Insane asylums Bombay 1873-77 - 1873-1877
Year: 1873
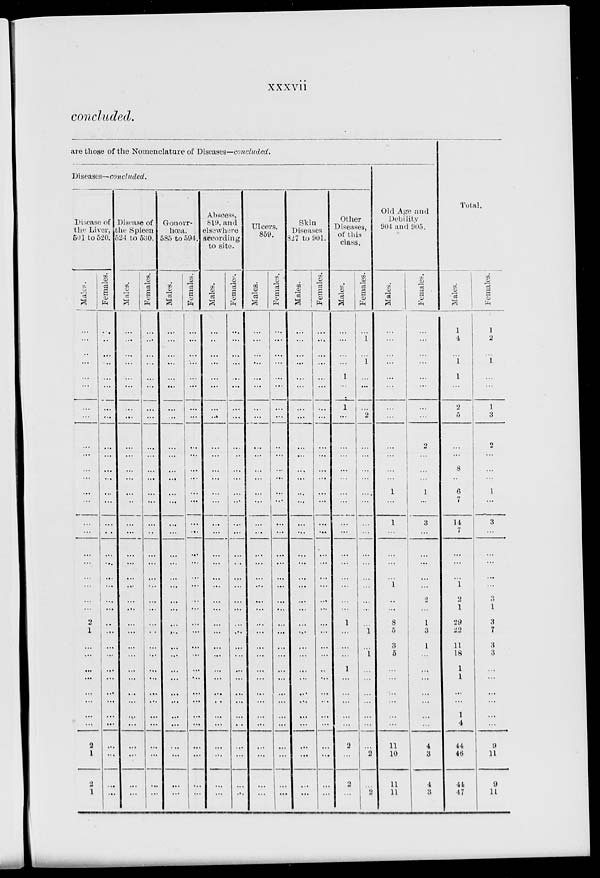
xxxvii
concluded.
are those of the Nomenclature of Diseases—concluded.
Diseases—concluded.
Disease of
the Liver,
501 to 520.
Males.
...
...
..
...
...
...
...
...
...
...
...
...
...
...
...
...
...
...
...
...
...
...
2
1
...
...
...
...
...
...
...
...
2
1
2
1
Females.
...
...
...
...
...
...
...
...
...
...
...
...
...
...
...
...
...
...
...
...
...
...
...
...
...
...
...
...
...
...
...
...
...
...
...
...
Disease of
the Spleen
524 to 530.
Males.
...
...
...
...
...
...
...
...
...
...
...
...
...
..
...
...
...
...
...
...
...
...
...
...
...
...
...
...
...
...
...
...
...
...
...
...
Females.
...
...
...
...
...
...
...
...
...
...
...
...
...
...
...
...
...
...
...
...
...
...
...
...
...
...
...
...
...
...
...
...
...
...
...
...
Gonorr-
hoea,
585 to 594.
Males.
...
...
...
...
...
...
...
...
...
...
...
...
...
...
...
...
...
...
...
...
...
...
...
...
...
...
...
...
...
...
...
...
...
...
...
...
Females.
...
...
...
...
...
...
...
...
...
...
...
...
...
...
...
...
...
...
...
...
...
...
...
...
...
...
...
...
...
...
...
...
...
...
...
...
Abscess,
819, and
elsewhere
according
to site.
Males.
...
..
...
...
...
...
...
...
...
...
...
...
...
...
...
...
...
...
...
...
...
...
...
...
...
...
...
...
...
...
...
...
...
...
...
...
Females.
...
...
...
...
...
...
...
...
...
...
...
...
...
...
...
...
...
...
...
...
...
...
...
...
...
...
...
...
...
...
...
...
...
...
...
...
Ulcers,
859.
Males.
...
...
...
...
...
...
...
...
...
...
...
...
...
...
...
...
...
...
...
...
...
...
...
...
...
...
...
...
...
...
...
...
...
...
...
...
Females.
...
...
...
...
...
...
...
...
...
...
...
...
...
...
...
...
...
...
...
...
...
...
...
...
...
...
...
...
...
...
...
...
...
...
...
...
Skin
Diseases
827 to 901.
Males.
...
...
...
...
...
...
...
...
...
...
...
...
...
...
...
...
...
...
...
...
...
...
...
...
...
...
...
...
...
...
...
...
...
...
...
...
Females.
...
...
...
...
...
...
...
...
...
...
...
...
...
...
...
...
...
...
...
...
...
...
...
...
...
...
...
...
...
...
...
...
...
...
...
...
Other
Diseases,
of this
class.
Males.
...
...
...
...
1
...
1
...
...
...
...
...
...
...
...
...
...
...
...
...
...
...
1
...
...
...
1
...
...
...
...
...
2
...
2
...
Females.
...
1
...
1
...
...
...
2
...
...
...
...
...
...
...
...
...
...
...
...
...
...
...
1
...
1
...
...
...
...
...
...
...
2
...
2
Old Age and
Debility
904 and 905.
Males.
...
...
...
...
...
...
...
...
...
...
...
...
1
...
1
...
...
...
...
1
..
...
8
5
3
5
...
...
...
...
...
...
11
10
11
11
Females.
...
...
...
...
...
...
...
...
2
...
...
...
1
...
3
...
...
...
...
...
2
...
1
3
1
...
...
...
...
...
...
...
4
3
4
3
Total.
Males.
1
4
...
1
1
2
5
...
...
8
..
6
7
14
7
...
...
...
1
2
1
29
22
11
18
1
1
...
...
1
4
44
46
41
17
Females.
1
2
1
...
1
3
2
...
...
...
1
...
3
...
...
...
...
...
3
1
3
7
3
3
...
...
...
...
...
...
9
11
9
11